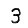
Digit: 3